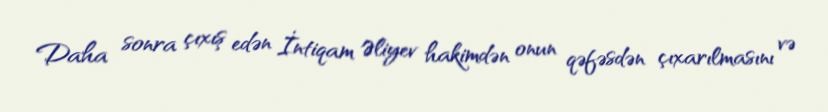
Daha sonra çıxış edən İntiqam Əliyev hakimdən onun qəfəsdən çıxarılmasını və